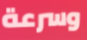
وسرعة